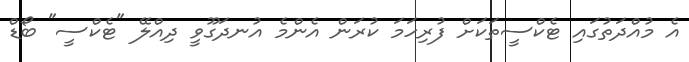
އެ މުއްދަތުގައި ޓެކްސީތަކަށް ފުރިހަމަ ކުރަން އެންމެ އުނދަގޫވީ ދިއްލޭ "ޓެކްސީ" ބޯޑް